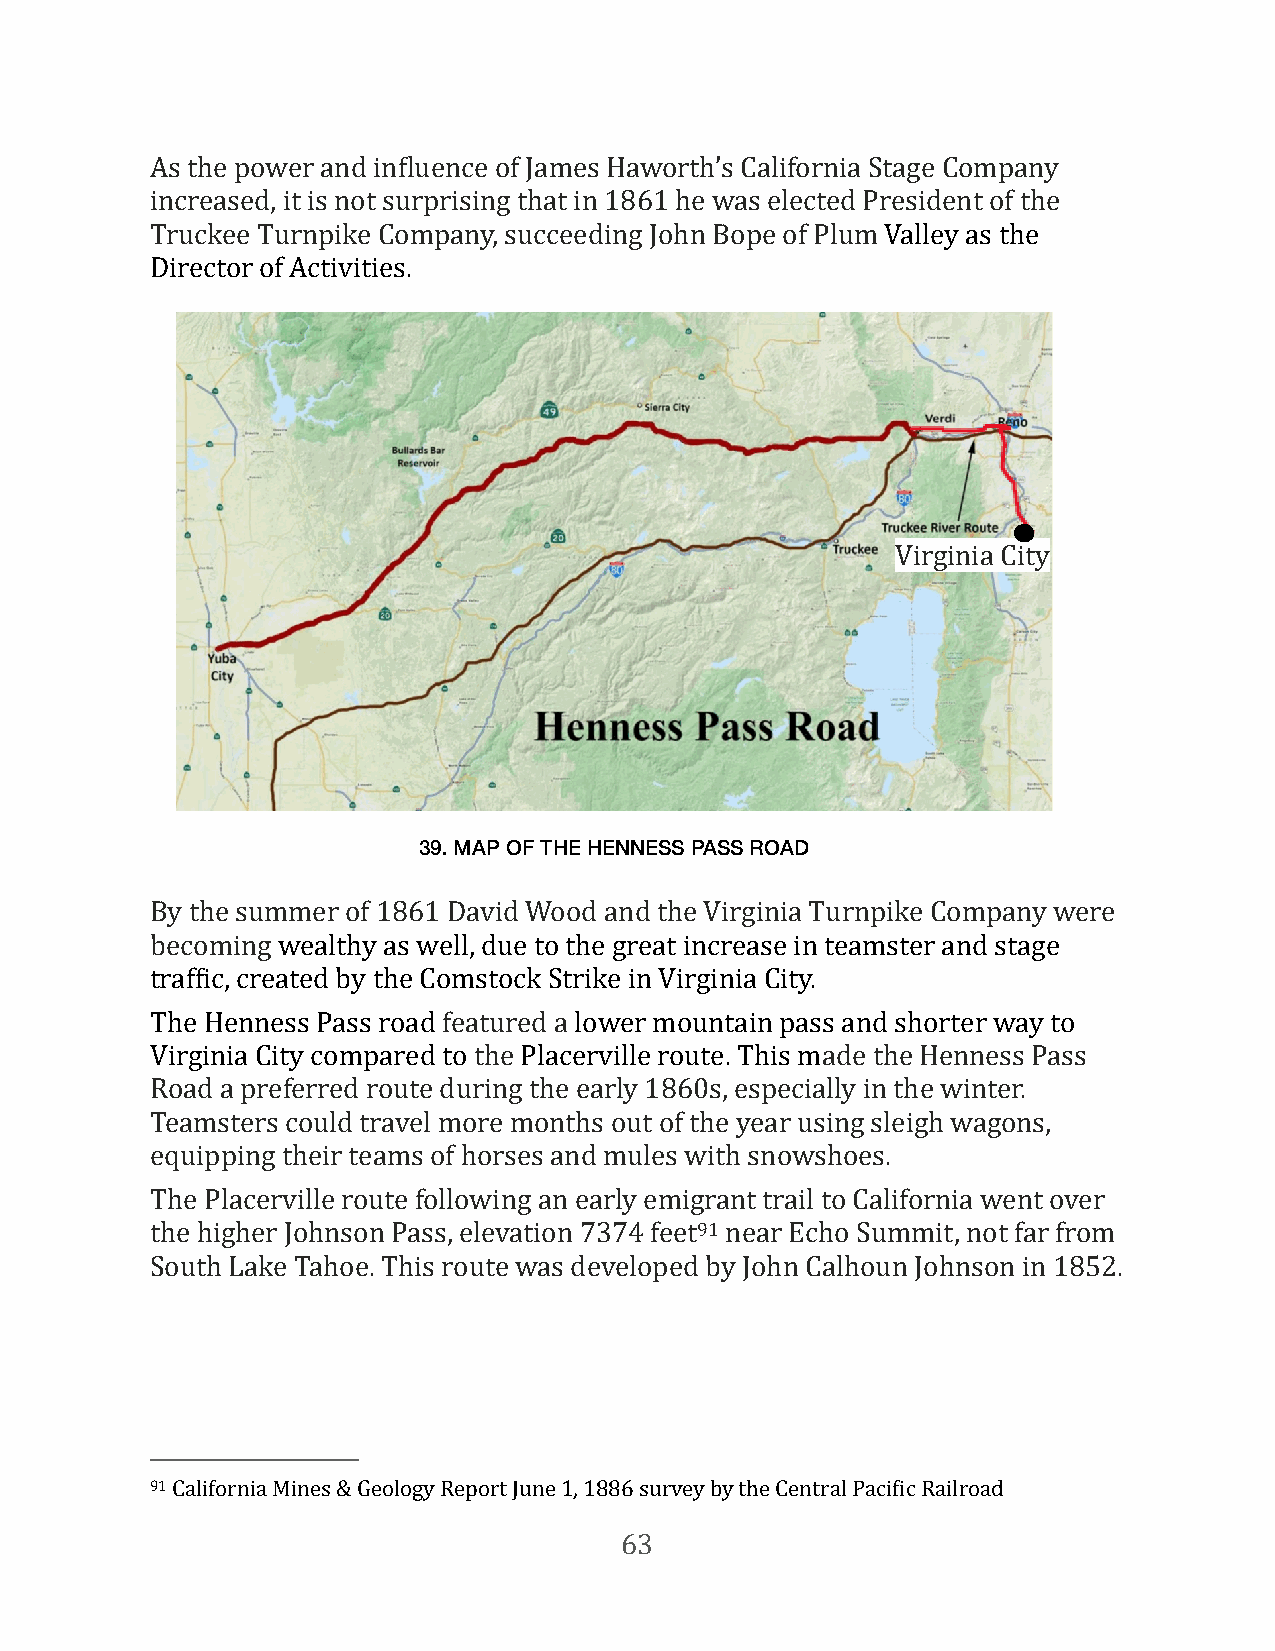
As the power and inFluence of James Haworth’s California Stage Company
 increased, it is not surprising that in 1861 he was elected President of the
 Truckee Turnpike Company, succeeding John Bope of Plum Valley as the
 Director of Activities.
 Virginia City
 39. MAP OF THE HENNESS PASS ROAD
 By the summer of 1861 David Wood and the Virginia Turnpike Company were
 becoming wealthy as well, due to the great increase in teamster and stage
 trafFic, created by the Comstock Strike in Virginia City.
 The Henness Pass road featured a lower mountain pass and shorter way to
 Virginia City compared to the Placerville route. This made the Henness Pass
 Road a preferred route during the early 1860s, especially in the winter.
 Teamsters could travel more months out of the year using sleigh wagons,
 equipping their teams of horses and mules with snowshoes.
 The Placerville route following an early emigrant trail to California went over
 the higher Johnson Pass, elevation 7374 feet91 near Echo Summit, not far from
 South Lake Tahoe. This route was developed by John Calhoun Johnson in 1852.
 91 California Mines & Geology Report June 1, 1886 survey by the Central PaciFic Railroad
 63